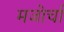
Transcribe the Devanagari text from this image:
मजोर्चा